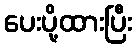
ပေးပို့ထားပြီး